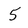
Character: 5